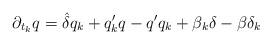
LaTeX: \begin{align*}\partial_{t_k} q = \hat{\delta} q_k + q'_k q - q'q_k + \beta_k \delta - \beta\delta_k\end{align*}